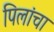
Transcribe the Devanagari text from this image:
पिलांचा